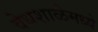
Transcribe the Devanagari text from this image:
वेधशाळेमध्ये